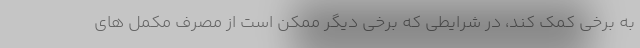
به برخی کمک کند، در شرایطی که برخی دیگر ممکن است از مصرف مکمل های